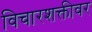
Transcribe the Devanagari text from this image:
विचारशक्तीवर